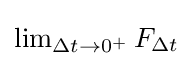
{\textstyle \lim _{\Delta t\to 0^{+}}F_{\Delta t}}